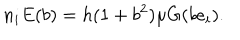
n _ { i } E ( b ) = h ( 1 + b ^ { 2 } ) \mu G ( b e _ { i } ) .